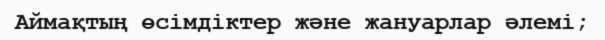
Аймақтың өсімдіктер және жануарлар әлемі;